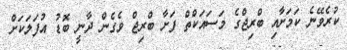
ކުރެވޭނެ ކަމަށާއި ބްރިޖްގެ މަސައަކްތް ފަށާ ބްރިޖް ވެގެން ދާނީ ބޮޑު އުފަލަކަށް